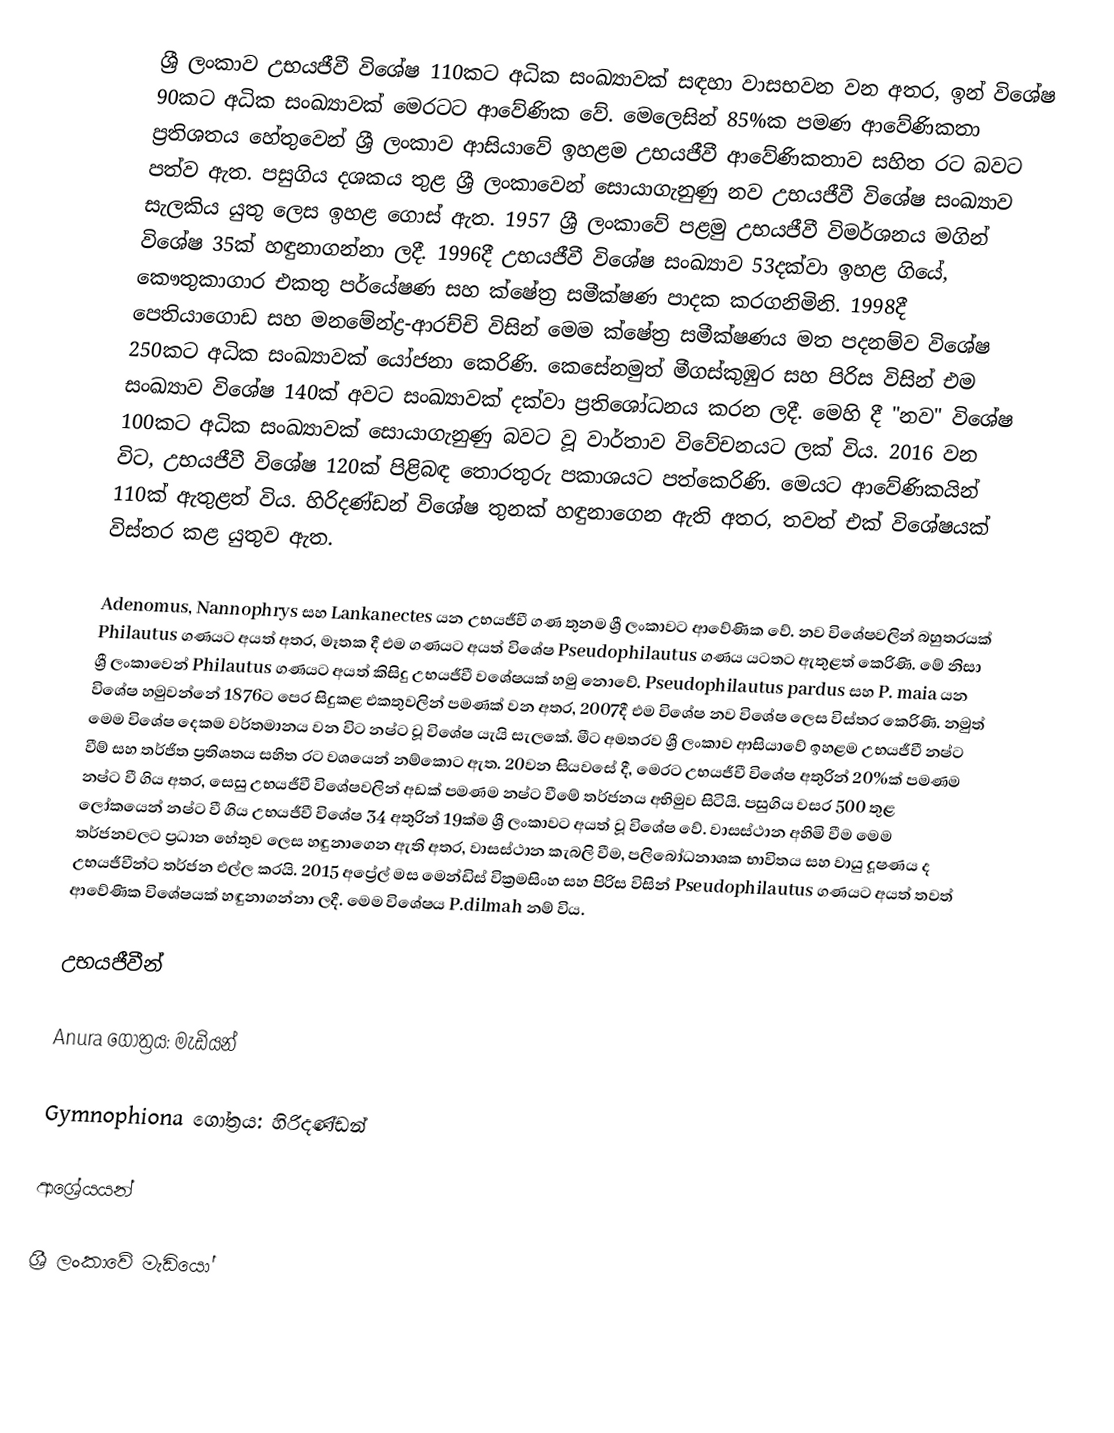
ශ්‍රී ලංකාව උභයජීවී විශේෂ 110කට අධික සංඛ්‍යාවක් සඳහා වාසභවන වන අතර, ඉන් විශේෂ 90කට අධික සංඛ්‍යාවක් මෙරටට ආවේණික වේ. මෙලෙසින් 85%ක පමණ ආවේණිකතා ප්‍රතිශතය හේතුවෙන් ශ්‍රී ලංකාව ආසියාවේ ඉහළම උභයජීවී ආවේණිකතාව සහිත රට බවට පත්ව ඇත. පසුගිය දශකය තුළ ශ්‍රී ලංකාවෙන් සොයාගැනුණු නව උභයජීවී විශේෂ සංඛ්‍යාව සැලකිය යුතු ලෙස ඉහළ ගොස් ඇත. 1957 ශ්‍රී ලංකාවේ පළමු උභයජීවී විමර්ශනය මගින් විශේෂ 35ක් හඳුනාගන්නා ලදී. 1996දී උභයජීවී විශේෂ සංඛ්‍යාව 53දක්වා ඉහළ ගියේ, කෞතුකාගාර එකතු පර්යේෂණ සහ ක්ෂේත්‍ර සමීක්ෂණ පාදක කරගනිමිනි. 1998දී පෙතියාගොඩ සහ මනමේන්ද්‍ර-ආරච්චි විසින් මෙම ක්ෂේත්‍ර සමීක්ෂණය මත පදනම්ව විශේෂ 250කට අධික සංඛ්‍යාවක් යෝජනා කෙරිණි. කෙසේනමුත් මීගස්කුඹුර සහ පිරිස විසින් එම සංඛ්‍යාව විශේෂ 140ක් අවට සංඛ්‍යාවක් දක්වා ප්‍රතිශෝධනය කරන ලදී. මෙහි දී "නව" විශේෂ 100කට අධික සංඛ්‍යාවක් සොයාගැනුණු බවට වූ වාර්තාව විවේචනයට ලක් විය. 2016 වන විට, උභයජීවී විශේෂ 120ක් පිළිබඳ තොරතුරු පකාශයට පත්කෙරිණි. මෙයට ආවේණිකයින් 110ක් ඇතුළත් විය. හිරිදණ්ඩන් විශේෂ තුනක් හඳුනාගෙන ඇති අතර, තවත් එක් විශේෂයක් විස්තර කළ යුතුව ඇත.

Adenomus, Nannophrys සහ Lankanectes යන උභයජීවී ගණ තුනම ශ්‍රී ලංකාවට ආවේණික වේ. නව විශේෂවලින් බහුතරයක් Philautus ගණයට අයත් අතර, මෑතක දී එම ගණයට අයත් විශේෂ Pseudophilautus ගණය යටතට ඇතුළත් කෙරිණි. මේ නිසා ශ්‍රී ලංකාවෙන් Philautus ගණයට අයත් කිසිදු උභයජීවී වශේෂයක් හමු නො‍වේ. Pseudophilautus pardus සහ P. maia යන විශේෂ හමුවන්නේ 1876ට පෙර සිදුකළ එකතුවලින් පමණක් වන අතර, 2007දී එම විශේෂ නව විශේෂ ලෙස විස්තර කෙරිණි. නමුත් මෙම විශේෂ දෙකම වර්තමානය වන විට නෂ්ට වූ විශේෂ යැයි සැලකේ. මීට අමතරව ශ්‍රී ලංකාව ආසියාවේ ඉහළම උභයජීවී නෂ්ට වීම් සහ තර්ජිත ප්‍රතිශතය සහිත රට වශයෙන් නම්කොට ඇත. 20වන සියවසේ දී, මෙරට උභයජීවී විශේෂ අතුරින් 20%ක් පමණම නෂ්ට වී ගිය අතර, සෙසු උභයජීවී විශේෂවලින් අඩක් පමණම නෂ්ට වීමේ තර්ජනය අභිමුව සිටියි. පසුගිය වසර 500 තුළ ලෝකයෙන් නෂ්ට වී ගිය උභයජීවී විශේෂ 34 අතුරින් 19ක්ම ශ්‍රී ලංකාවට අයත් වූ විශේෂ වේ. වාසස්ථාන අහිමි වීම මෙම තර්ජනවලට ප්‍රධාන හේතුව ලෙස හඳුනාගෙන ඇති අතර, වාසස්ථාන කැබලි වීම, පලිබෝධනාශක භාවිතය සහ වායු දූෂණය ද උභයජීවීන්ට තර්ජන එල්ල කරයි. 2015 අප්‍රේල් මස මෙන්ඩිස් වික්‍රමසිංහ සහ පිරිස විසින් Pseudophilautus ගණයට අයත් තවත් ආවේණික විශේෂයක් හඳුනාගන්නා ලදී. මෙම විශේෂය P.dilmah නම් විය.

උභයජීවීන්

Anura ගෝත්‍රය: මැඩියන්

Gymnophiona ගෝත්‍රය: හිරිදණ්ඩන්

ආශ්‍රේයයන්

ශ්‍රී ලංකාවේ මැඩියෝ